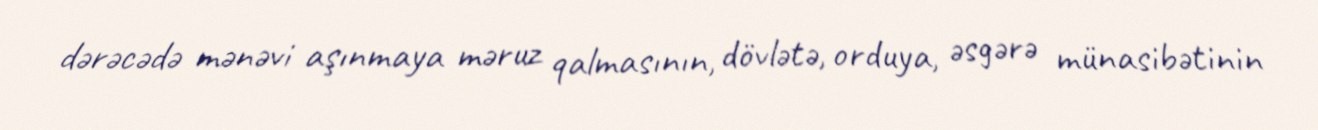
dərəcədə mənəvi aşınmaya məruz qalmasının, dövlətə, orduya, əsgərə münasibətinin